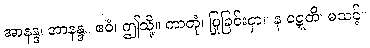
အာနန္ဒ၊ အာနန္ဒ။ ဧဝံ၊ ဤသို့။ ကာတုံ၊ ပြုခြင်းငှာ။ န ဝဋ္ဋတိ၊ မသင့်။